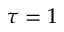
\tau = 1